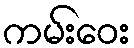
ကမ်းဝေး